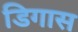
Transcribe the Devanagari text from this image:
डिगास